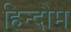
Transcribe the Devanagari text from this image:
हिन्दौम